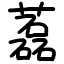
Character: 藞